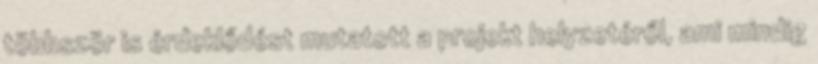
többször is érdeklődést mutatott a projekt helyzetéről, ami mindig